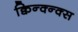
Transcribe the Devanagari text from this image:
क्विन्क्न्क्स